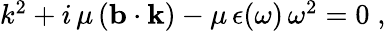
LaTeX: \begin{array}{r}{k^{2}+i\, \mu\, ({\mathbf b}\cdot{\mathbf k})-\mu\, \epsilon(\omega)\, \omega^{2}=0\; ,}\end{array}